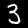
Label: 3